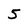
Character: 5